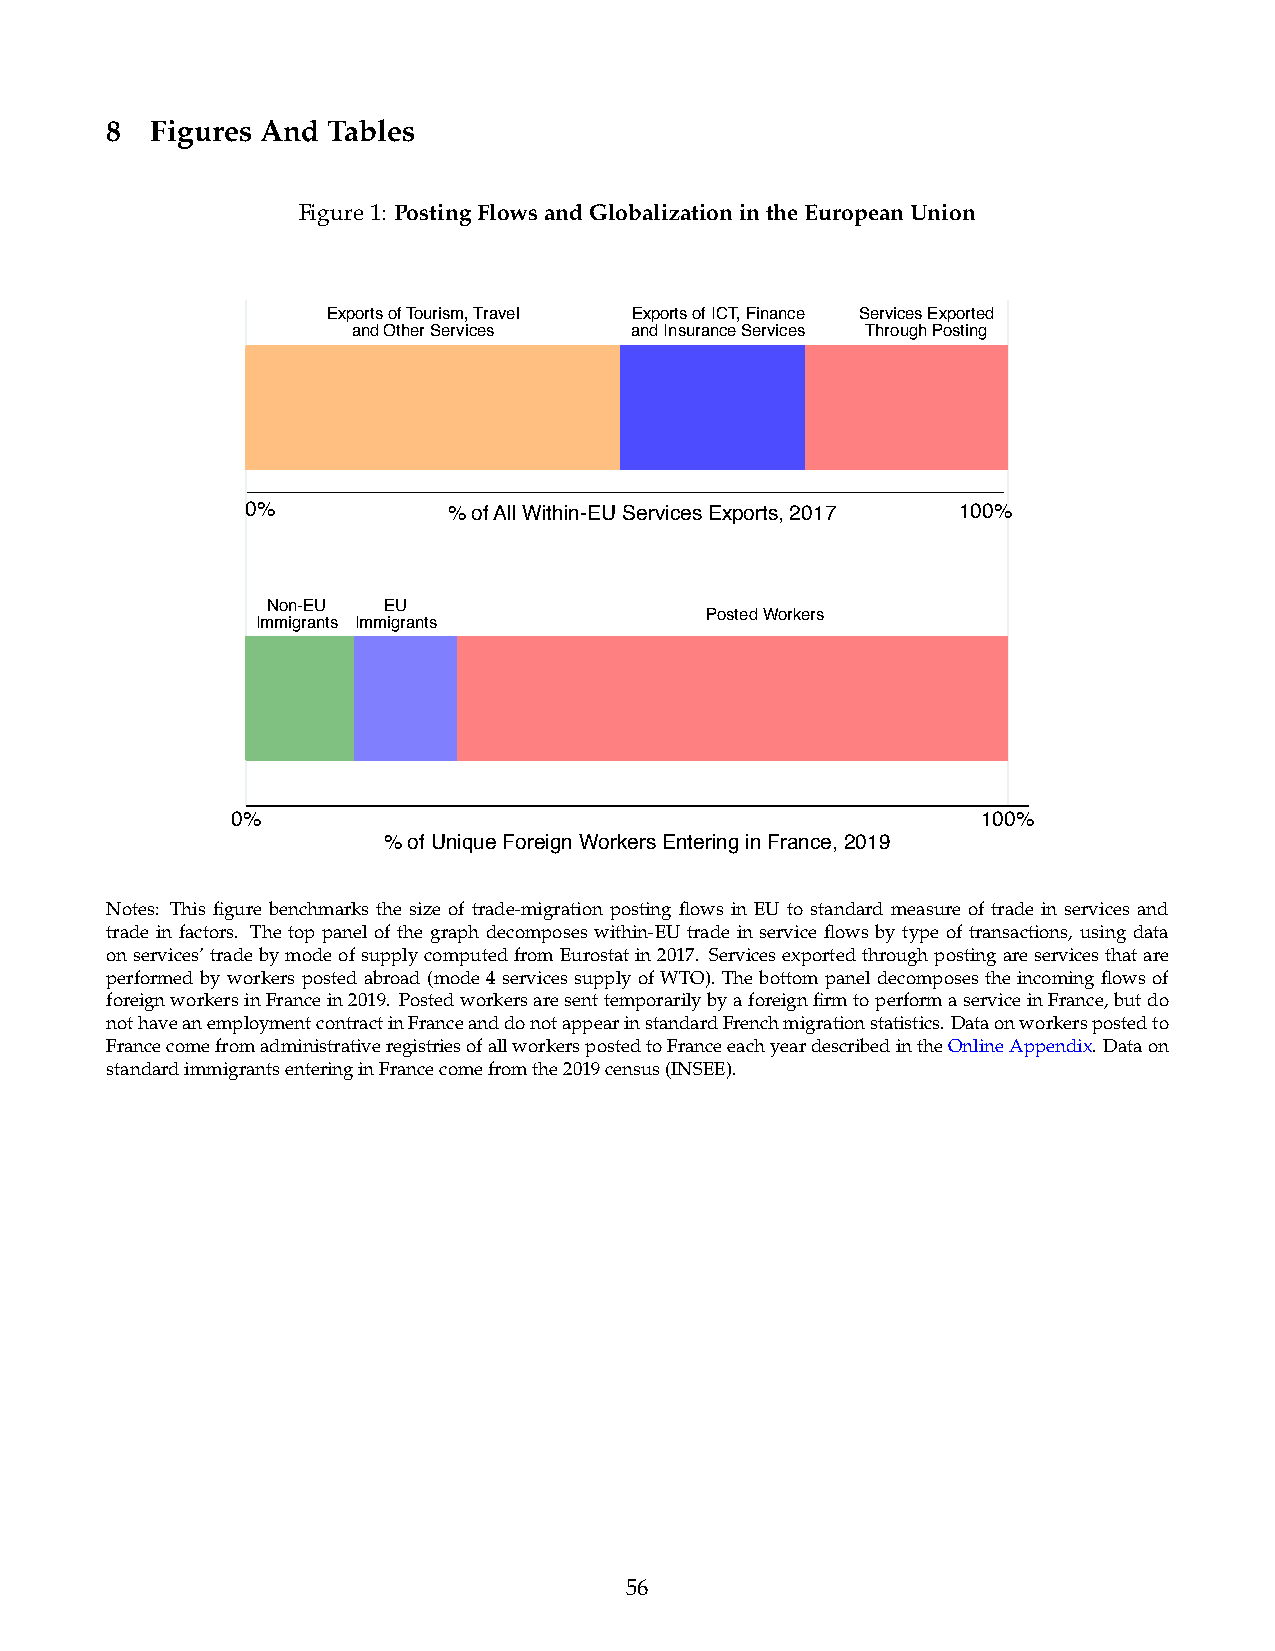
8  Figures And Tables
 Figure1: PostingFlowsandGlobalizationintheEuropeanUnion
 Exports of Tourism, Travel Exports of ICT, Finance Services Exported
 and Other Services and Insurance Services Through Posting
 0%            % of All Within-EU Services Exports, 2017 100%
 Non-EU EU
 Posted Workers
 Immigrants Immigrants
 0%                                                100%
 % of Unique Foreign Workers Entering in France, 2019
 Notes: This figure benchmarks the size of trade-migration posting flows in EU to standard measure of trade in services and
 trade in factors. The top panel of the graph decomposes within-EU trade in service flows by type of transactions, using data
 onservices’tradebymodeofsupplycomputedfromEurostatin2017. Servicesexportedthroughpostingareservicesthatare
 performedbyworkerspostedabroad(mode4servicessupplyofWTO).Thebottompaneldecomposestheincomingflowsof
 foreignworkersinFrancein2019. PostedworkersaresenttemporarilybyaforeignfirmtoperformaserviceinFrance,butdo
 nothaveanemploymentcontractinFranceanddonotappearinstandardFrenchmigrationstatistics.Dataonworkerspostedto
 FrancecomefromadministrativeregistriesofallworkerspostedtoFranceeachyeardescribedintheOnlineAppendix. Dataon
 standardimmigrantsenteringinFrancecomefromthe2019census(INSEE).
 56